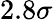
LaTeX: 2.8\sigma